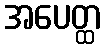
အပေတ္ထ